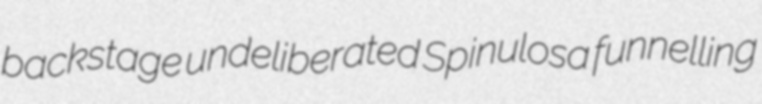
backstage undeliberated Spinulosa funnelling